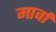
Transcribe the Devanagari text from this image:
मार्वा